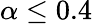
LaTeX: \alpha\leq 0.4